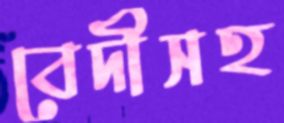
বেদীসহ